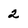
Character: 2